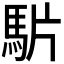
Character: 𩢝